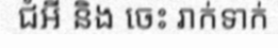
ជំអី និង ចេះ រាក់ទាក់